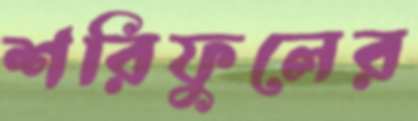
শরিফুলের